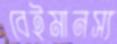
বেইমানস্য